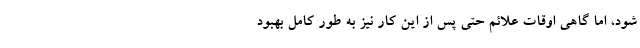
شود، اما گاهی اوقات علائم حتی پس از این کار نیز به طور کامل بهبود